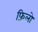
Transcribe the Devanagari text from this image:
फ़िलो